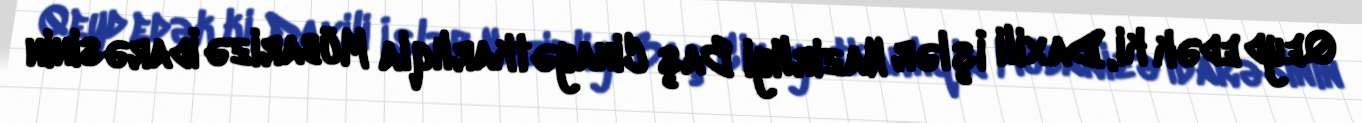
Qeyd edək ki, Daxili İşlər Nazirliyi Baş Cinayətkarlıqla Mübarizə İdarəsinin